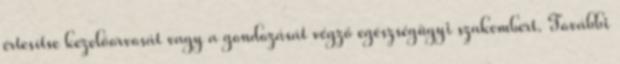
értesítse kezelőorvosát vagy a gondozását végző egészségügyi szakembert. További